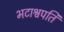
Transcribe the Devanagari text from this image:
भटाश्वपति